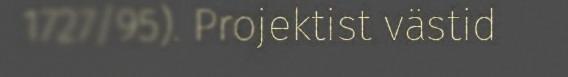
1727/95). Projektist västid